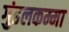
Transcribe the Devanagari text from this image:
गुंडलकम्मा